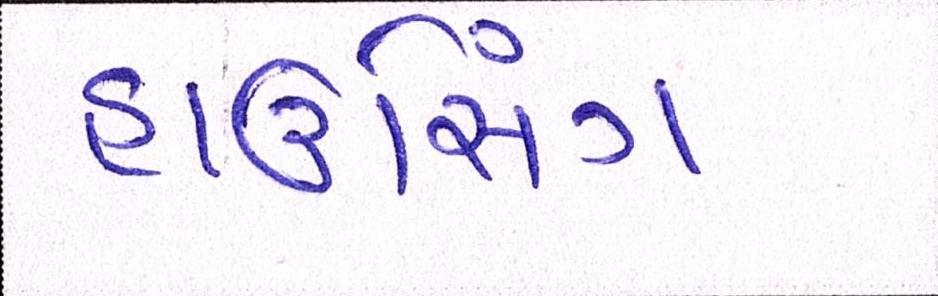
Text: હાઉસિંગ